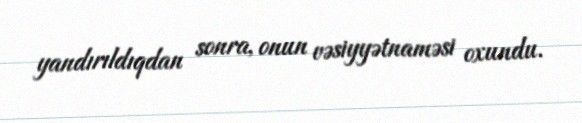
yandırıldıqdan sonra, onun vəsiyyətnaməsi oxundu.